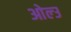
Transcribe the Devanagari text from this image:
ओल्‍उ